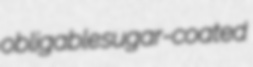
obligable sugar-coated